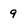
Character: 9